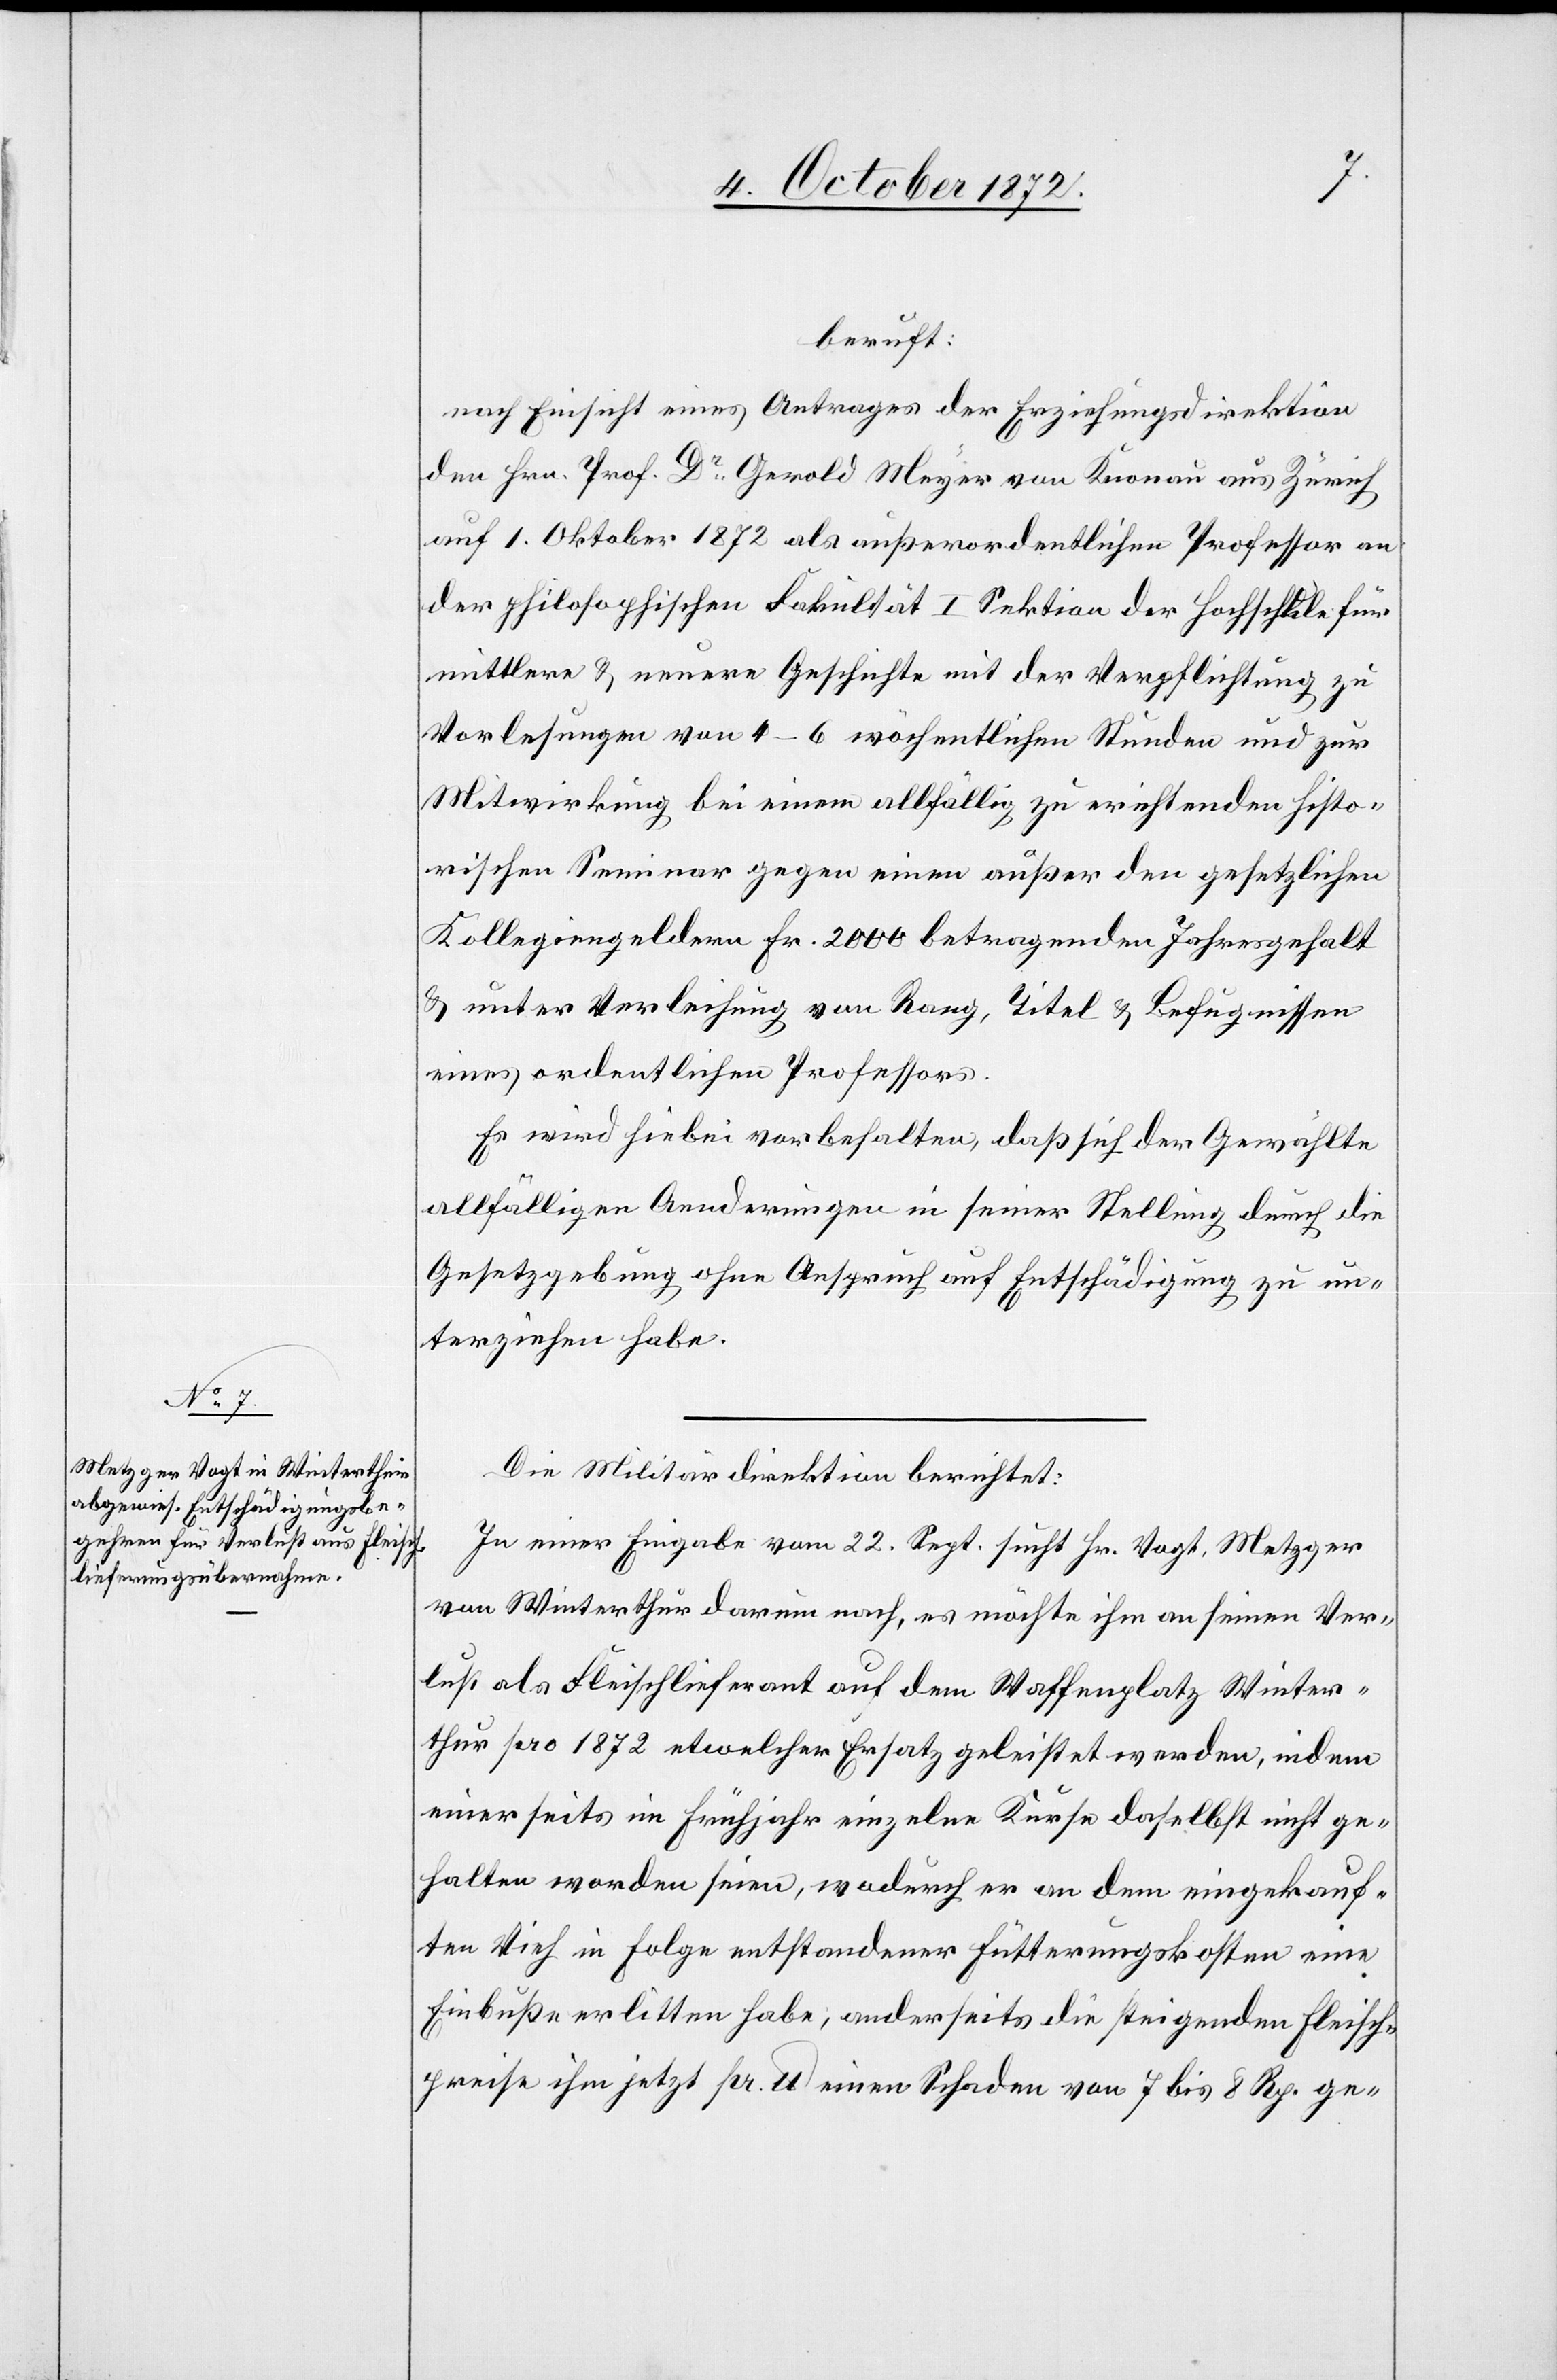
beruft:
nach Einsicht eines Antrages der Erziehungsdirektion
den Hrn. Prof. Dr Gerold Meyer von Knonau aus Zürich
auf 1. Oktober 1872 als außerordentlichen Professor an
der philosophischen Fakultät I Sektion der Hochschule für
mittlere u. neuere Geschichte mit der Verpflichtung zu
Vorlesungen von 4–6 wöchentlichen Stunden und zur
Mitwirkung bei einem allfällig zu errichtenden histo¬
rischen Seminar gegen einen außer den gesetzlichen
Kollegiengeldern Fr. 2000 betragenden Jahresgehalt
u. unter Verleihung von Rang, Titel u. Befugnissen
eines ordentlichen Professors.
Es wird hiebei vorbehalten, daß sich der Gewählte
allfälligen Aenderungen in seiner Stellung durch die
Gesetzgebung ohne Anspruch auf Entschädigung zu un¬
terziehen habe.
Die Militärdirektion berichtet:
In einer Eingabe vom 22. Sept. sucht Hr. Vogt, Metzger
von Winterthur darum nach, es möchte ihm an seinen Ver¬
lust als Fleischlieferant auf dem Waffenplatz Winter¬
thur pro 1872 etwelcher Ersatz geleistet werden, indem
einerseits im Frühjahr einzelne Kurse daselbst nicht ge¬
halten worden seien, wodurch er an dem eingekauf¬
ten Vieh in Folge entstandener Fütterungskosten eine
Einbuße erlitten habe, anderseits die steigenden Fleisch¬
preise ihm jetzt pr. lb einen Schaden von 7 bis 8 Rp. ge-